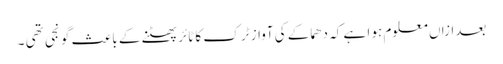
بعدازاں معلوم ہو ا ہے کہ دھماکے کی آواز ٹر ک کا ٹائر پھٹنے کے باعث گو نجی تھی ۔